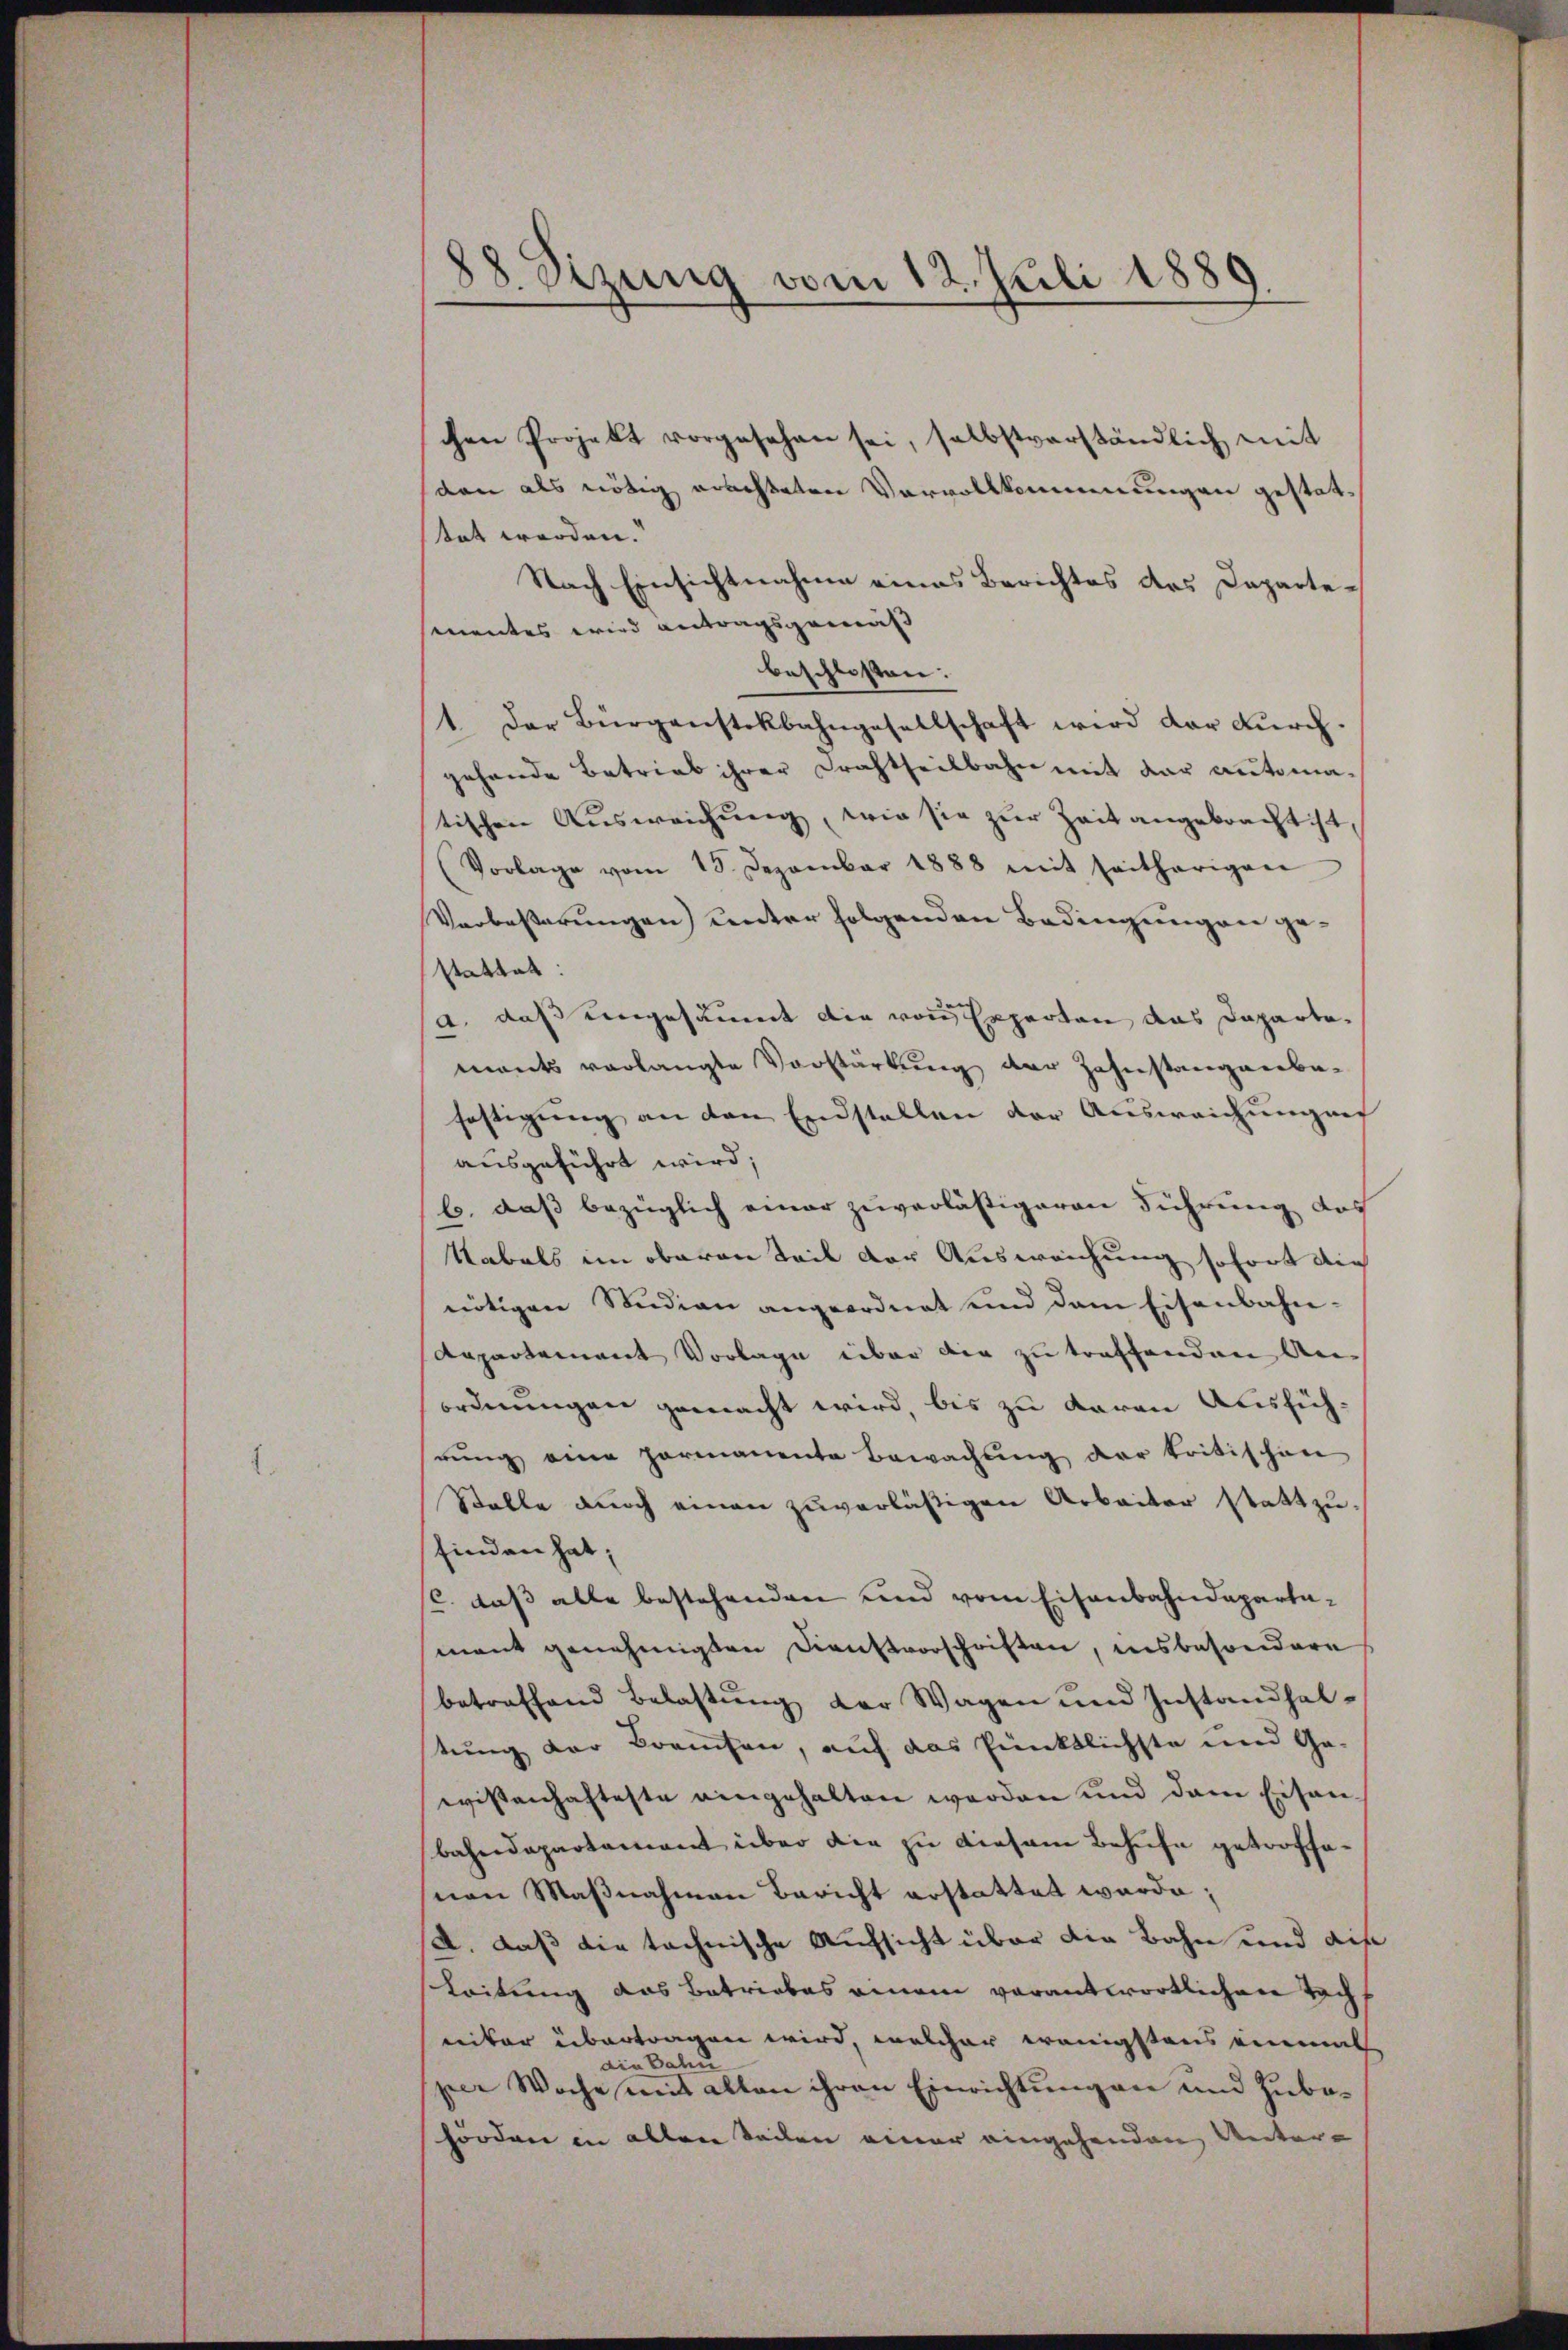
88. Sizung vom 12. Juli 1880

chen Projekt vorgesehen sei, selbstverständlich mit
den als nötig erachteten Vervollkommungen gestattet werden.“
Nach Einsichtnahme eines Berichtes das Departementes wird antragsgemäß
beschlossen:
1. Der Bürgenstekbahngesellschaft wird der dŭrch.
gehande Betrieb ihrer Drahtheilbahn mit der automatischen Ausweichung, wie sie zur Zeit angebracht ist
(Vorlage vom 15. Dezember 1888 mit seitherigen
Verbeßerungen unter folgenden Bedingungen gestattet:
a. daß eingesäumt die von Experten das Dapartemants verlangte Vorstärkung der Zahnstangenbefestigung an den Endstellen der Ausweichungen
ausgeführt wird;
b. daß bezüglich einer zuverläßigeren Führung des
Nabals im oberen Teil der Ausweichung sofort die
nötigen Studien angeordnet und dem Eisenbahn-
Anpartement Vorlage über die zu treffenden An-
ordnungen gemacht wird bis zu daran Ausfüh-
rung eine parmanente Bewachung der kritischen
Stelle dŭrch einen zŭverläßigen Arbeiter stattzu-
finden hat,
c. daβ alle bestehenden und vom Eisenbahndepartamant genehmigten Dienstvorschriften, insbesondere
betreffend Belastung der Wagen und Instandhaltung der Brauchen, auf das Pünktlichste und Ge-
wissenhafteste eingehalten werden und dem Eisanbahndepartement über die zu diesem Behufe getroffevon Maßnahmen Bericht erstattet werde;
A. daß die technische Aufsicht über die Bahn und die
Leitung das Betriebes einem verantwortlichen Tacheiter übertragen wird, welcher wenigstens einmal
din Balin
spar Woche mit alten ihren Einrichtungen und Zubehörden in allen Seilen einer eingehenden Unter-